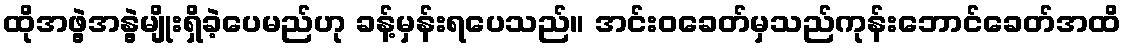
ထိုအဖွဲ့အနွဲ့မျိုးရှိခဲ့ပေမည်ဟု ခန့်မှန်းရပေသည်။ အင်းဝခေတ်မှသည်ကုန်းဘောင်ခေတ်အထိ